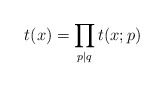
\begin{align*}t(x)=\prod_{p|q}t(x;p)\end{align*}